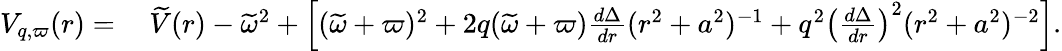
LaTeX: \begin{array}{rl}{V_{q,\varpi}(r)=}&{\: \widetilde{V}(r)-\widetilde{\omega}^{2}+\left[(\widetilde{\omega}+\varpi)^{2}+2q(\widetilde{\omega}+\varpi)\frac{d\Delta}{dr}(r^{2}+a^{2})^{-1}+q^{2}\left(\frac{d\Delta}{dr}\right)^{2}(r^{2}+a^{2})^{-2}\right].}\end{array}